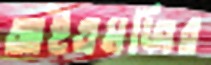
আইএমজির